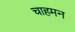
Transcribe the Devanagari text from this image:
चाहमन